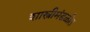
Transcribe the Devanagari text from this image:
शास्त्रीमंडळीत